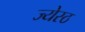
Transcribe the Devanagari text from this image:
ज्येस्ठ